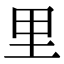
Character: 里